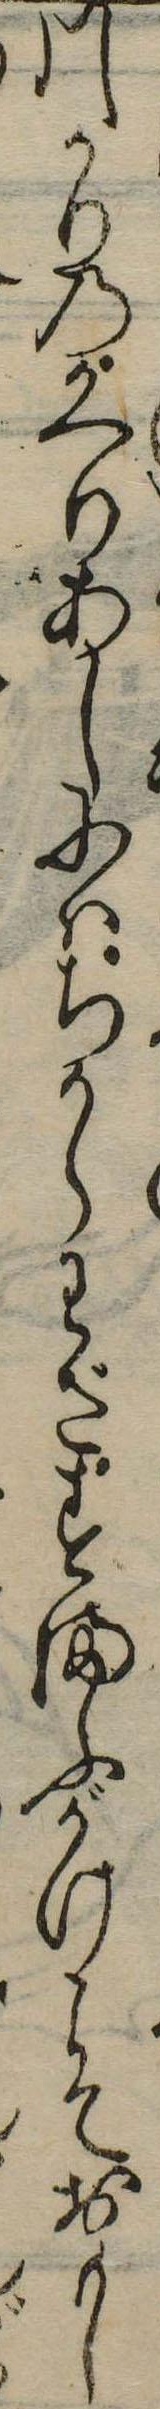
川かりのかへりあしにはちからわざすまふがけこそおもし